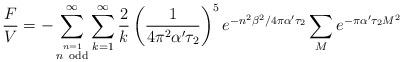
LaTeX: \begin{align*}\frac{F}{V}=-\sum_{\stackrel {n=1} {n ~\rm odd} }^\infty\sum_{k=1}^\infty\frac{2}{k}\left( \frac{1}{4\pi^2\alpha'\tau_2}\right)^5e^{-n^2\beta^2/4\pi\alpha'\tau_2}\sum_Me^{-\pi\alpha'\tau_2 M^2}\end{align*}